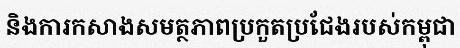
និងការកសាងសមត្ថភាពប្រកួតប្រជែងរបស់កម្ពុជា